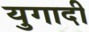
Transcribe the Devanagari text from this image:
युगादी